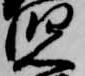
児